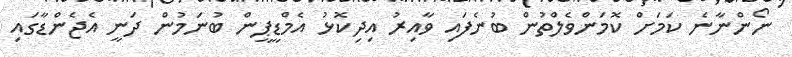
ނޯންނާނެ ކަމަށް ކޮމަންވެލްތުން ބުނެފައި ވާއިރު އިދިކޮޅު އެމްޑީޕީން ބުނަމުން ދަނީ އެޖެންޑާގައި